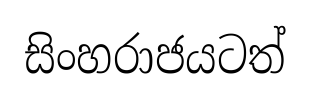
සිංහරාජයටත්